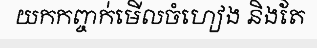
យកកញ្ចក់មើលចំហៀង និងតែ